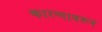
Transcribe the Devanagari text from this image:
कारणावरुन